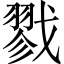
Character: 戮